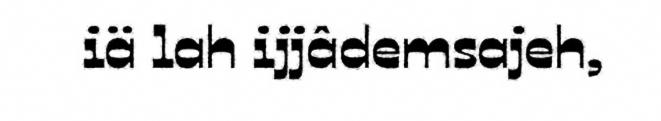
iä lah ijjâdemsajeh,